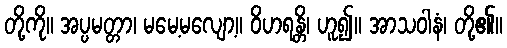
တို့ကို။ အပ္ပမတ္တာ၊ မမေ့မလျော့။ ဝိဟရန္တိ၊ ဟူ၍။ အာသဝါနံ၊ တို့၏။